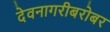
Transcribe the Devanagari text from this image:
देवनागरीबरोबर